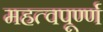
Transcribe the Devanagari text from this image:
महत्वपूर्ण्ण